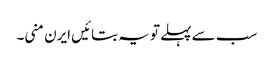
سب سے پہلے تو یہ بتائیں ایرن منی۔